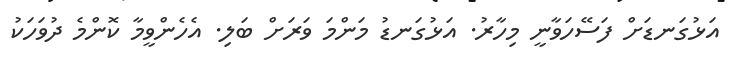
އަޅުގަނޑަށް ފަސޭހަވާނީ މިހާރު. އަޅުގަނޑު މަންމަ ވަރަށް ބަލި. އެހެންވީމާ ކޮންމެ ދުވަހަކު